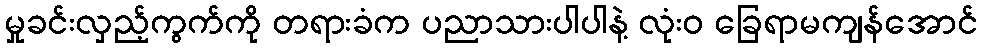
မှုခင်းလှည့်ကွက်ကို တရားခံက ပညာသားပါပါနဲ့ လုံးဝ ခြေရာမကျန်အောင်